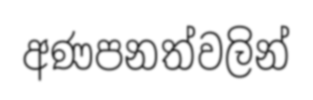
අණපනත්වලින්